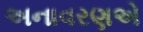
અનાવરણએ